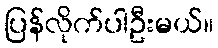
ပြန်လိုက်ပါဦးမယ်။